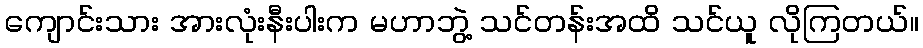
ကျောင်းသား အားလုံးနီးပါးက မဟာဘွဲ့ သင်တန်းအထိ သင်ယူ လိုကြတယ်။